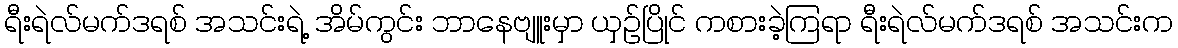
ရီးရဲလ်မက်ဒရစ် အသင်းရဲ့ အိမ်ကွင်း ဘာနေဗျူးမှာ ယှဉ်ပြိုင် ကစားခဲ့ကြရာ ရီးရဲလ်မက်ဒရစ် အသင်းက